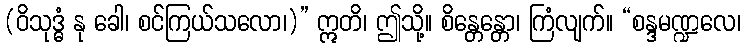
(ဝိသုဒ္ဓံ နု ခေါ၊ စင်ကြယ်သလော၊)” ဣတိ၊ ဤသို့။ စိန္တေန္တော၊ ကြံလျက်။ “စန္ဒမဏ္ဍလေ၊